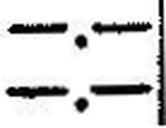
—.—